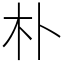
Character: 朴